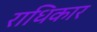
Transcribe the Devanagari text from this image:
राधिकार